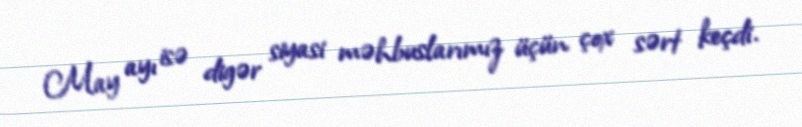
May ayı isə digər siyasi məhbuslarımız üçün çox sərt keçdi.